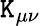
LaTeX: \mathtt{K}_{\mu\nu}